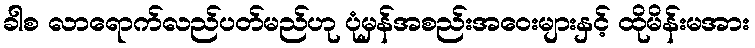
ခါစ လာရောက်လည်ပတ်မည်ဟု ပုံမှန်အစည်းအဝေးများနှင့် ထိုမိန်းမအား